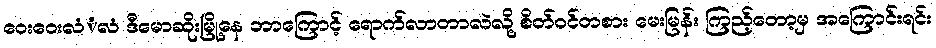
ဝေးဝေးလံံလံ ဒီမောဆိုးမြို့နေ ဘာကြောင့် ရောက်လာတာလဲလို့ စိတ်ဝင်တစား မေးမြန်း ကြည့်တော့မှ အကြောင်းရင်း